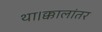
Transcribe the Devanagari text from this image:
था।क्कालांतर